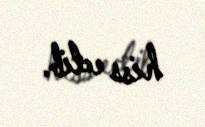
hiss edib.